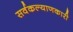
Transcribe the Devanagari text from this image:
सर्वकल्याणकारी